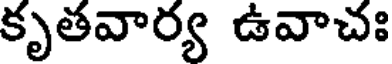
కృతవార్య ఉవాచః